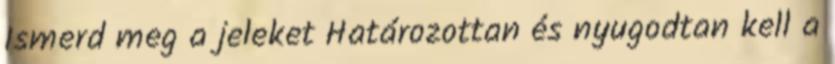
Ismerd meg a jeleket Határozottan és nyugodtan kell a